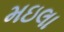
મઇલા